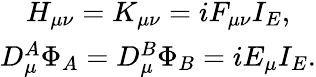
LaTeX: \begin{array}{c}{{H_{\mu\nu}=K_{\mu\nu}=iF_{\mu\nu}I_{E},}}\\ {{D_{\mu}^{A}\Phi_{A}=D_{\mu}^{B}\Phi_{B}=iE_{\mu}I_{E}.}}\end{array}